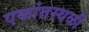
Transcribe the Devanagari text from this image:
एकांतस्थळी